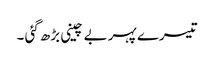
تیسرے پہر بے چینی بڑھ گئی ۔